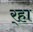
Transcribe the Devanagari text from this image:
र्‍हा